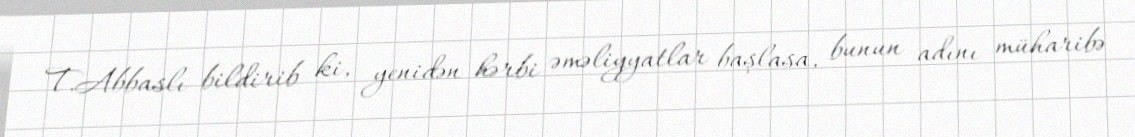
T.Abbaslı bildirib ki, yenidən hərbi əməliyyatlar başlasa, bunun adını müharibə